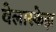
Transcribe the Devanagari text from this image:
वेलास्केझ